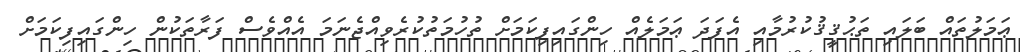
ޢަމަލުތައް ބަލައި ތަޙުޤީޤުކުރުމާއި އެފަދަ ޢަމަލެއް ހިންގައިފިކަމަށް ތުހުމަތުކުރެވިއްޖެނަމަ އެއްވެސް ފަރާތަކުން ހިންގައިފިކަމަށް